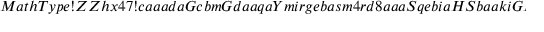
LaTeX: M a t h T y p e ! Z Z h x 4 7 ! c a a a d a G c b m G d a a q a Y m i r g e b a s m 4 r d 8 a a a S q e b i a H S b a a k i G H x p q a a a